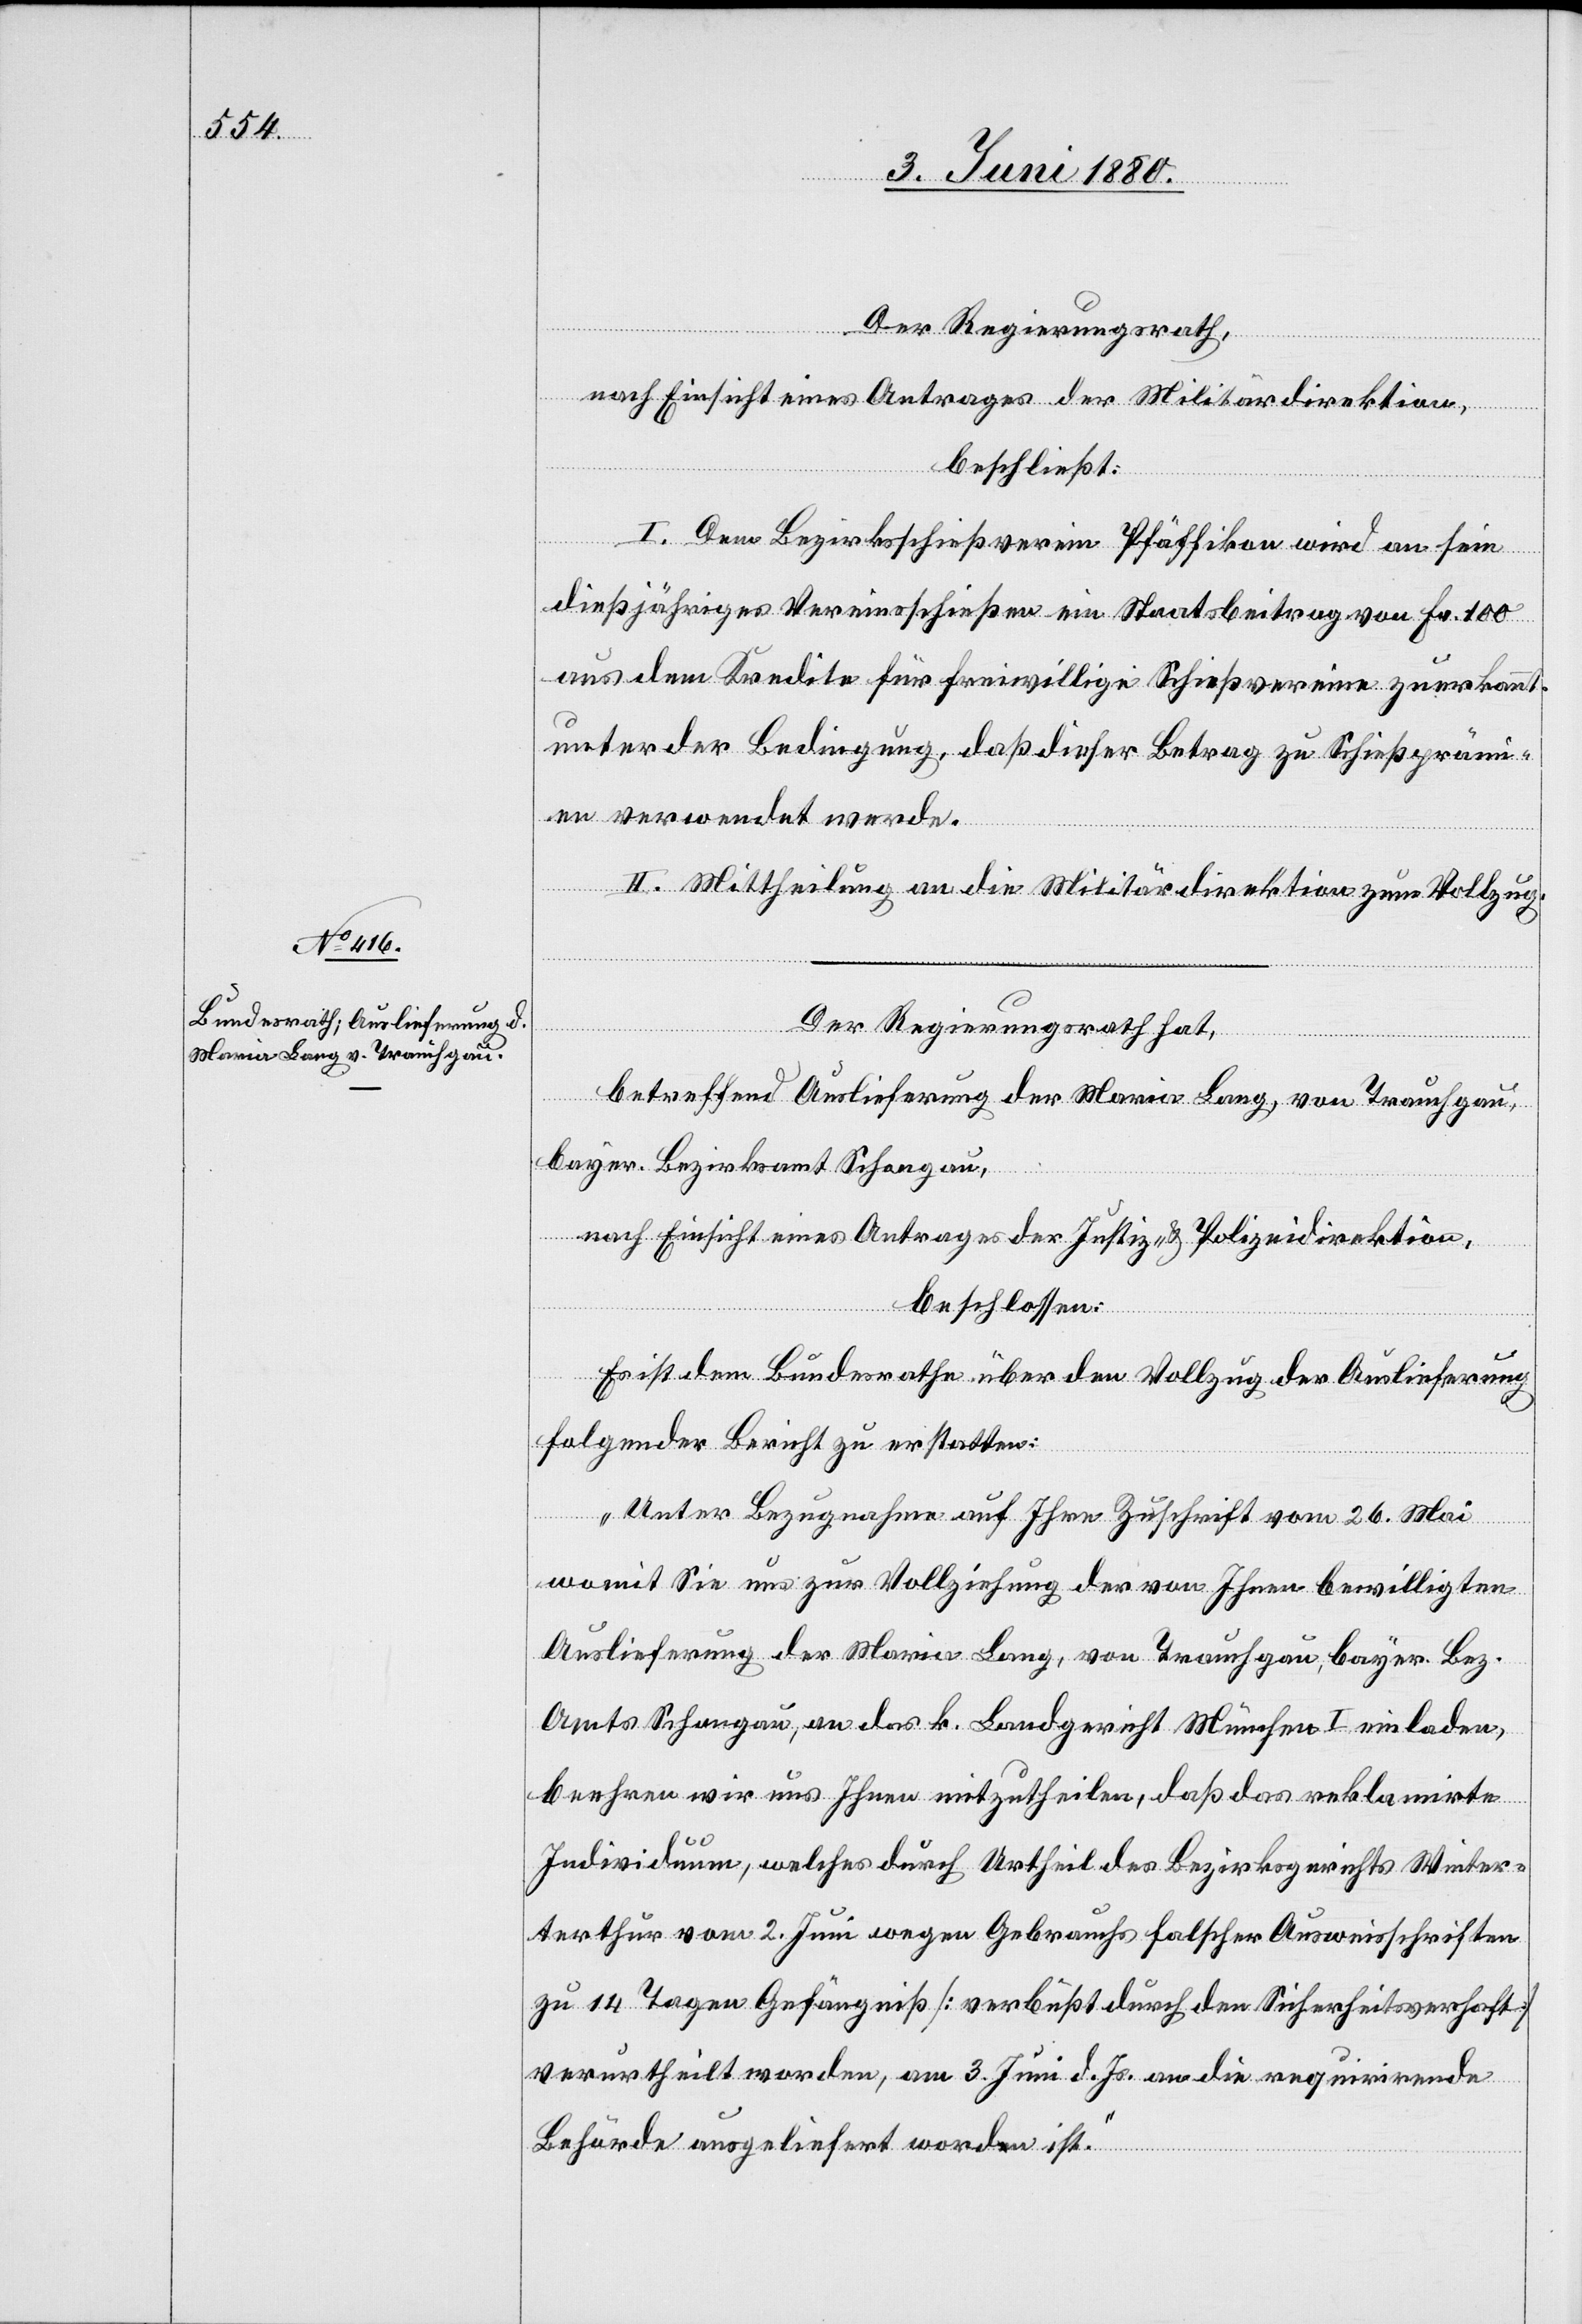
Der Regierungsrath,
nach Einsicht eines Antrages der Militärdirektion,
beschließt:
I. Dem Bezirksschießverein Pfäffikon wird an sein
dießjähriges Vereinsschießen ein Staatsbeitrag von Fr. 100
aus dem Kredite für freiwillige Schießvereine zuerkannt,
unter der Bedingung, daß dieser Betrag zu Schießpräm¬
ien verwendet werde.
II. Mittheilung an die Militärdirektion zum Vollzug.
Der Regierungsrath hat,
betreffend Auslieferung der Maria Lang von Trauchgau,
bayer. Bezirksamt Schongau,
nach Einsicht eines Antrages der Justiz- & Polizeidirektion,
beschlossen:
Es ist dem Bundesrathe über den Vollzug der Auslieferung
folgender Bericht zu erstatten:
„Unter Bezugnahme auf Ihre Zuschrift vom 26. Mai
womit Sie uns zur Vollziehung der von Ihnen bewilligten
Auslieferung der Maria Lang, von Trauchgau, bayer. Bez.
Amts Schongau, an das k. Landgericht München I einladen,
beehren wir uns Ihnen mitzutheilen, daß das reklamirte
Individuum, welches durch Urtheil des Bezirksgerichtes Wint¬
erthur vom 2. Juni wegen Gebrauchs falscher Ausweisschriften
zu 14 Tagen Gefängniß [verbüßt durch den Sicherheitsverhaft]
verurtheilt worden, am 3. Juni d. Js. an die requirirende
Behörde ausgeliefert worden ist